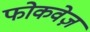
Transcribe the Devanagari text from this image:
फोकवेज़